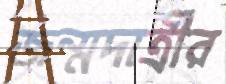
জন্মদাত্রীর